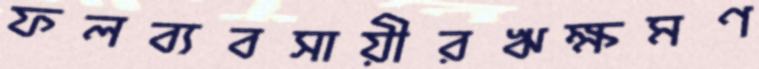
ফলব্যবসায়ীরঋক্ষমণ